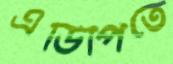
এডিপিতে